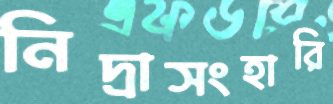
নিদ্রাসংহারি